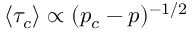
\left\langle \tau _ { c } \right\rangle \propto ( p _ { c } - p ) ^ { - 1 / 2 }